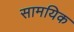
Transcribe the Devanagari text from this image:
सामयिक